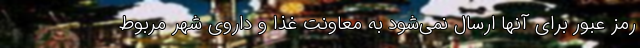
رمز عبور برای آنها ارسال نمی‌شود به معاونت غذا و داروی شهر مربوط